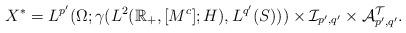
LaTeX: \begin{align*}X^* = L^{p'}(\Omega;\gamma(L^2(\mathbb R_+,[M^{c}];H),L^{q'}(S))) \times\mathcal I_{p',q'} \times \mathcal A_{p',q'}^{\mathcal T}.\end{align*}